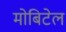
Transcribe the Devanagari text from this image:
मोबिटेल